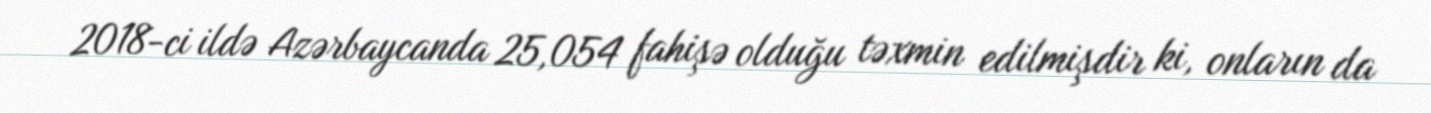
2018-ci ildə Azərbaycanda 25,054 fahişə olduğu təxmin edilmişdir ki, onların da